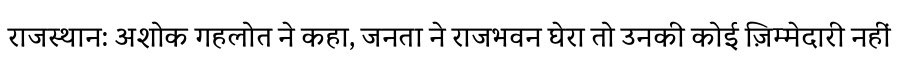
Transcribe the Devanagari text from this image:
राजस्थान: अशोक गहलोत ने कहा, जनता ने राजभवन घेरा तो उनकी कोई ज़िम्मेदारी नहीं